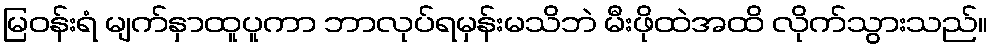
မြဝန်းရံ မျက်နှာထူပူကာ ဘာလုပ်ရမှန်းမသိဘဲ မီးဖိုထဲအထိ လိုက်သွားသည်။